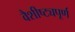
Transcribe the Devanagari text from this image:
वैशीष्ट्यपूर्ण